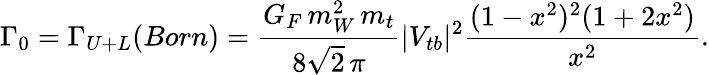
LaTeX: \Gamma_{0}=\Gamma_{U+L}(Born)=\frac{G_{F}\, m_{W}^{2}\, m_{t}}{8\sqrt{2}\, \pi}|V_{tb}|^{2}\frac{(1-x^{2})^{2}(1+2x^{2})}{x^{2}}.